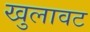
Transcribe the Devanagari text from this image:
खुलावट